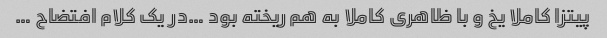
پیتزا کاملا یخ و با ظاهری کاملا به هم ریخته بود …در یک کلام افتضاح …